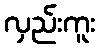
လှည်းကူး